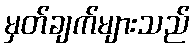
မှတ်ချက်များသည်